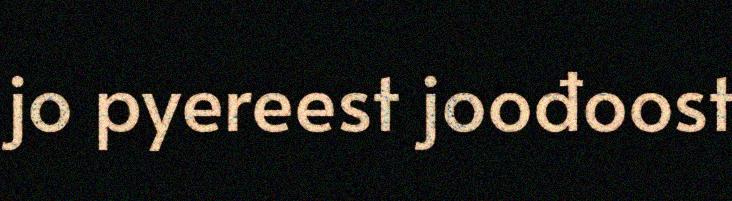
jo pyereest joođoost